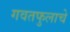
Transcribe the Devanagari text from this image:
गवतफुलाचे